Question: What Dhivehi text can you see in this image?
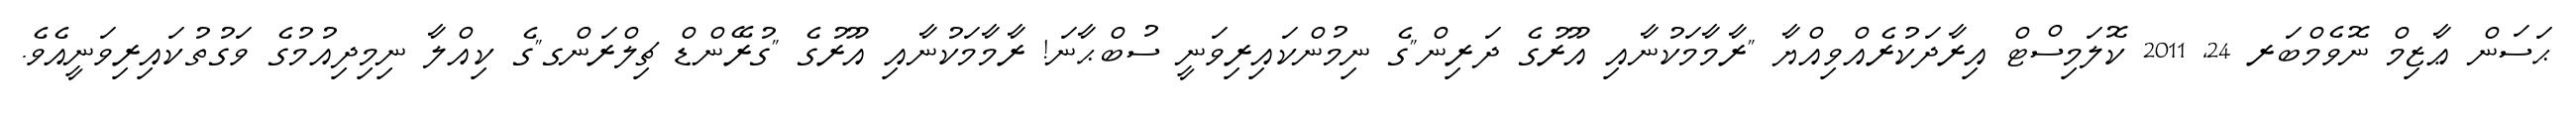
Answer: ޙަސަން ޢާޒިމް ނޮވެމްބަރ 24, 2011 ކޮލަމިސްޓް އިރާދަކުރެއްވިއްޔާ "ރާމާމަކުނާއި އޫރުގެ ދަރިން"ގެ ނިމުންކައިރިވަނީ ސުބްޙާނަ! ރާމާމަކުނާއި އޫރުގެ "ގުރޭންޑް ޗިލްރަންގ"ގެ ކިއްލާ ނިމިދިއުމުގެ ވަގުތުކައިރިވަނީއެވެ.